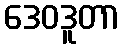
ဒေဝဒူတာ